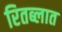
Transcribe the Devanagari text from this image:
रितब्लात